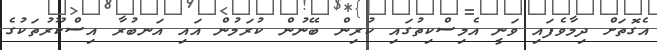
އެގޮތަށް ދިމާވެފައި ވަނީ އެމިސްކިތުގައި ކުރިން ބޭނުން ކުރަމުން އައި އަނބުރާ އިސްކޫރުތަކުގެ